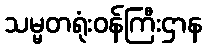
သမ္မတရုံးဝန်ကြီးဌာန